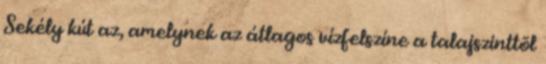
Sekély kút az, amelynek az átlagos vízfelszíne a talajszinttõl